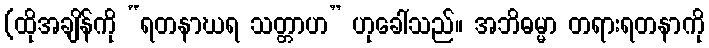
(ထိုအချိန်ကို “ရတနာဃရ သတ္တာဟ” ဟုခေါ်သည်။ အဘိဓမ္မာ တရားရတနာကို